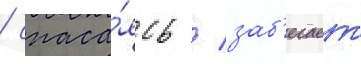
/ спаса́ясь / заб'егает